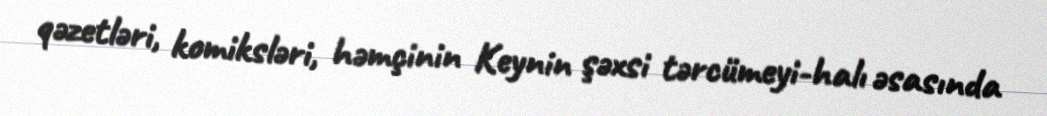
qəzetləri, komiksləri, həmçinin Keynin şəxsi tərcümeyi-halı əsasında